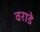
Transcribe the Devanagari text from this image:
वराडे